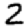
Digit: 2